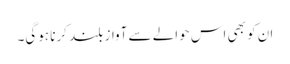
ان کو بھی اس حوالے سے آواز بلند کرنا ہوگی۔